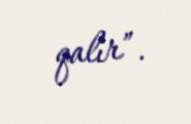
qalır”.